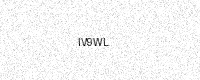
Text: IV9WL